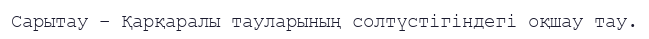
Сарытау – Қарқаралы тауларының солтүстігіндегі оқшау тау.